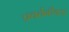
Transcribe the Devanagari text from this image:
प्रवर्तनीयता